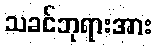
သခင်ဘုရားအား